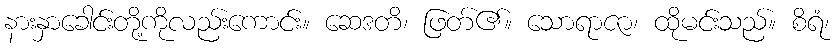
နားနှာခေါင်းတို့ကိုလည်းကောင်း။ ဆေဒတိ၊ ဖြတ်၏။ သောရာဇာ၊ ထိုမင်းသည်။ စိရံ၊